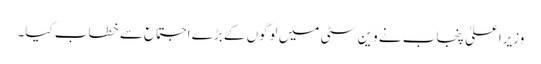
وزیراعلیٰ پنجاب نے وین سٹی میں لوگوں کے بڑے اجتماع سے خطاب کیا۔